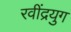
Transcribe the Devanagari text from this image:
रवींद्रयुग